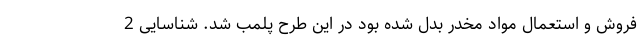
فروش و استعمال مواد مخدر بدل شده بود در این طرح پلمب شد. شناسایی 2